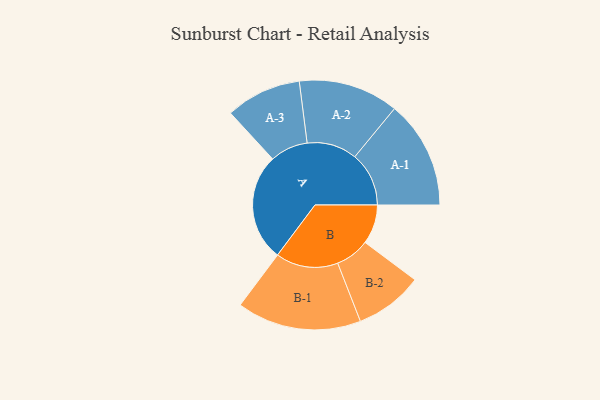
{"axis": {"x": "Segment", "y": "Value"}, "legend": ["", "A", "B"], "data": [{"x": "A", "y": 432, "type": ""}, {"x": "B", "y": 158, "type": ""}, {"x": "A-1", "y": 217, "type": "A"}, {"x": "A-2", "y": 201, "type": "A"}, {"x": "A-3", "y": 152, "type": "A"}, {"x": "B-1", "y": 250, "type": "B"}, {"x": "B-2", "y": 137, "type": "B"}]}